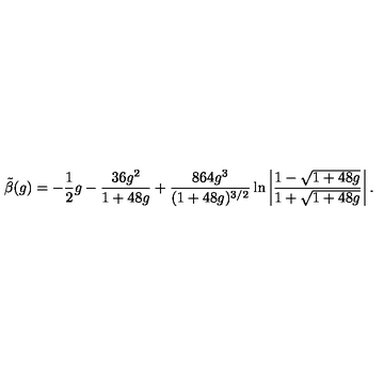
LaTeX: \tilde { \beta } ( g ) = - \frac { 1 } { 2 } g - \frac { 3 6 g ^ { 2 } } { 1 + 4 8 g } + \frac { 8 6 4 g ^ { 3 } } { ( 1 + 4 8 g ) ^ { 3 / 2 } } \ln \left| \frac { 1 - \sqrt { 1 + 4 8 g } } { 1 + \sqrt { 1 + 4 8 g } } \right| .